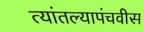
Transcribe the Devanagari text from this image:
त्यांतल्यापंचवीस